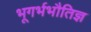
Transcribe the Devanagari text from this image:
भूगर्भभौतिज्ञ